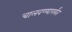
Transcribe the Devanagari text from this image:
चालवण्यापर्यंत